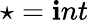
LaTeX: \star=\mathbf{i}nt